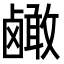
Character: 𬸹